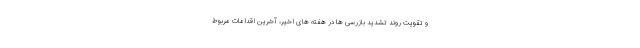
و تقویت روند تشدید بازرسی ها در هفته های اخیر، آخرین اقدامات مربوط